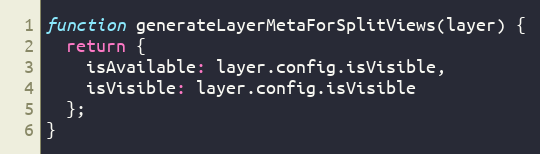
Language: JavaScript
function generateLayerMetaForSplitViews(layer) {
  return {
    isAvailable: layer.config.isVisible,
    isVisible: layer.config.isVisible
  };
}